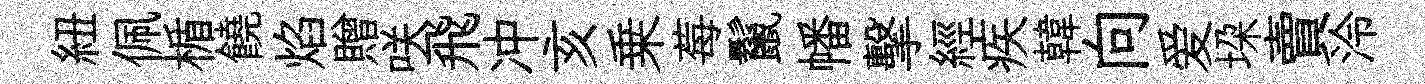
紐佩楯饒焰贈咲飛冲亥乗莓鬣幡擊經疾韓向爱垜賣泠